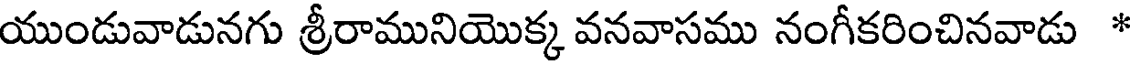
యుండువాడునగు శ్రీరామునియొక్క వనవాసము నంగీకరించినవాడు *